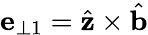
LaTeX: \mathbf{e}_{\perp 1}=\hat{\mathbf{z}}\times\hat{\mathbf{b}}